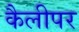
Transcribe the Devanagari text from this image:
कैलीपर